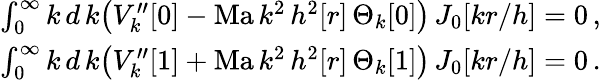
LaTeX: \begin{array}{r}{\int_{0}^{\infty}k\, d\, {k}\big(V_{k}^{\prime\prime}[0]-\mathrm{Ma}\, k^{2}\, h^{2}[r]\, \Theta_{k}[0]\big)\, J_{0}[kr/h]=0\, ,\, }\\ {\int_{0}^{\infty}k\, d\, {k}\big(V_{k}^{\prime\prime}[1]+\mathrm{Ma}\, k^{2}\, h^{2}[r]\, \Theta_{k}[1]\big)\, J_{0}[kr/h]=0\, .\, }\end{array}